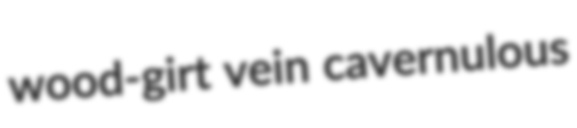
wood-girt vein cavernulous